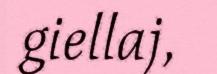
giellaj,